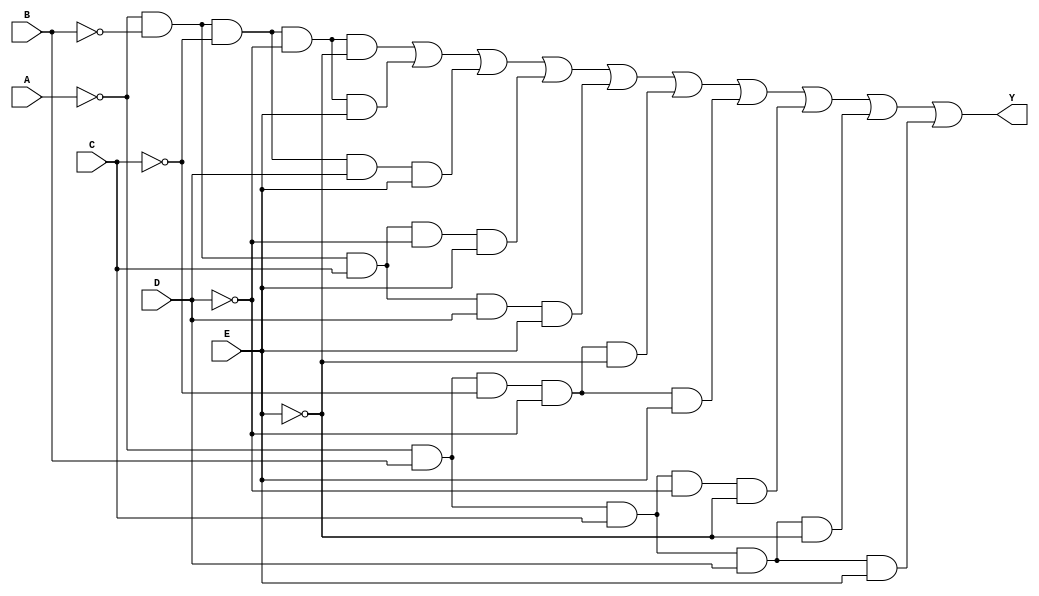
module kmap_five_variable (
    input wire A,
    input wire B,
    input wire C,
    input wire D,
    input wire E,
    output wire Y
);

// Internal signals for each minterm
wire m0  = ~A & ~B & ~C & ~D & ~E; // 00000
wire m1  = ~A & ~B & ~C & ~D & E;  // 00001
wire m2  = ~A & ~B & ~C & D & ~E;  // 00010
wire m3  = ~A & ~B & ~C & D & E;   // 00011
wire m4  = ~A & ~B & C & ~D & ~E;  // 00100
wire m5  = ~A & ~B & C & ~D & E;   // 00101
wire m6  = ~A & ~B & C & D & ~E;   // 00110
wire m7  = ~A & ~B & C & D & E;    // 00111
wire m8  = ~A & B & ~C & ~D & ~E;  // 01000
wire m9  = ~A & B & ~C & ~D & E;   // 01001
wire m10 = ~A & B & ~C & D & ~E;   // 01010
wire m11 = ~A & B & ~C & D & E;    // 01011
wire m12 = ~A & B & C & ~D & ~E;   // 01100
wire m13 = ~A & B & C & ~D & E;    // 01101
wire m14 = ~A & B & C & D & ~E;    // 01110
wire m15 = ~A & B & C & D & E;     // 01111
wire m16 = A & ~B & ~C & ~D & ~E;  // 10000
wire m17 = A & ~B & ~C & ~D & E;   // 10001
wire m18 = A & ~B & ~C & D & ~E;   // 10010
wire m19 = A & ~B & ~C & D & E;    // 10011
wire m20 = A & ~B & C & ~D & ~E;   // 10100
wire m21 = A & ~B & C & ~D & E;    // 10101
wire m22 = A & ~B & C & D & ~E;    // 10110
wire m23 = A & ~B & C & D & E;     // 10111
wire m24 = A & B & ~C & ~D & ~E;   // 11000
wire m25 = A & B & ~C & ~D & E;    // 11001
wire m26 = A & B & ~C & D & ~E;    // 11010
wire m27 = A & B & ~C & D & E;     // 11011
wire m28 = A & B & C & ~D & ~E;    // 11100
wire m29 = A & B & C & ~D & E;     // 11101
wire m30 = A & B & C & D & ~E;     // 11110
wire m31 = A & B & C & D & E;      // 11111

// Define the output Y based on the chosen minterms
assign Y = m0 | m1 | m3 | m5 | m7 | m8 | m9 | m12 | m14 | m15; // Example minterms

endmodule